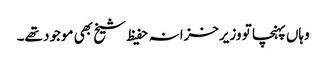
وہاں پہنچا تو وزیرخزانہ حفیظ شیخ بھی موجود تھے۔